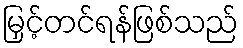
မြှင့်တင်ရန်ဖြစ်သည်